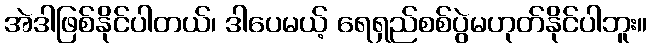
အဲဒါဖြစ်နိုင်ပါတယ်၊ ဒါပေမယ့် ရေရှည်စစ်ပွဲမဟုတ်နိုင်ပါဘူး။